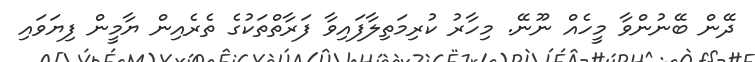
ދޭން ބޭނުންވާ މީހެއް ނޫނޭ. މިހާރު ކުރިމަތިލާފައިވާ ފަރާތްތަކުގެ ތެރެއިން ޔާމީން ފިޔަވައި